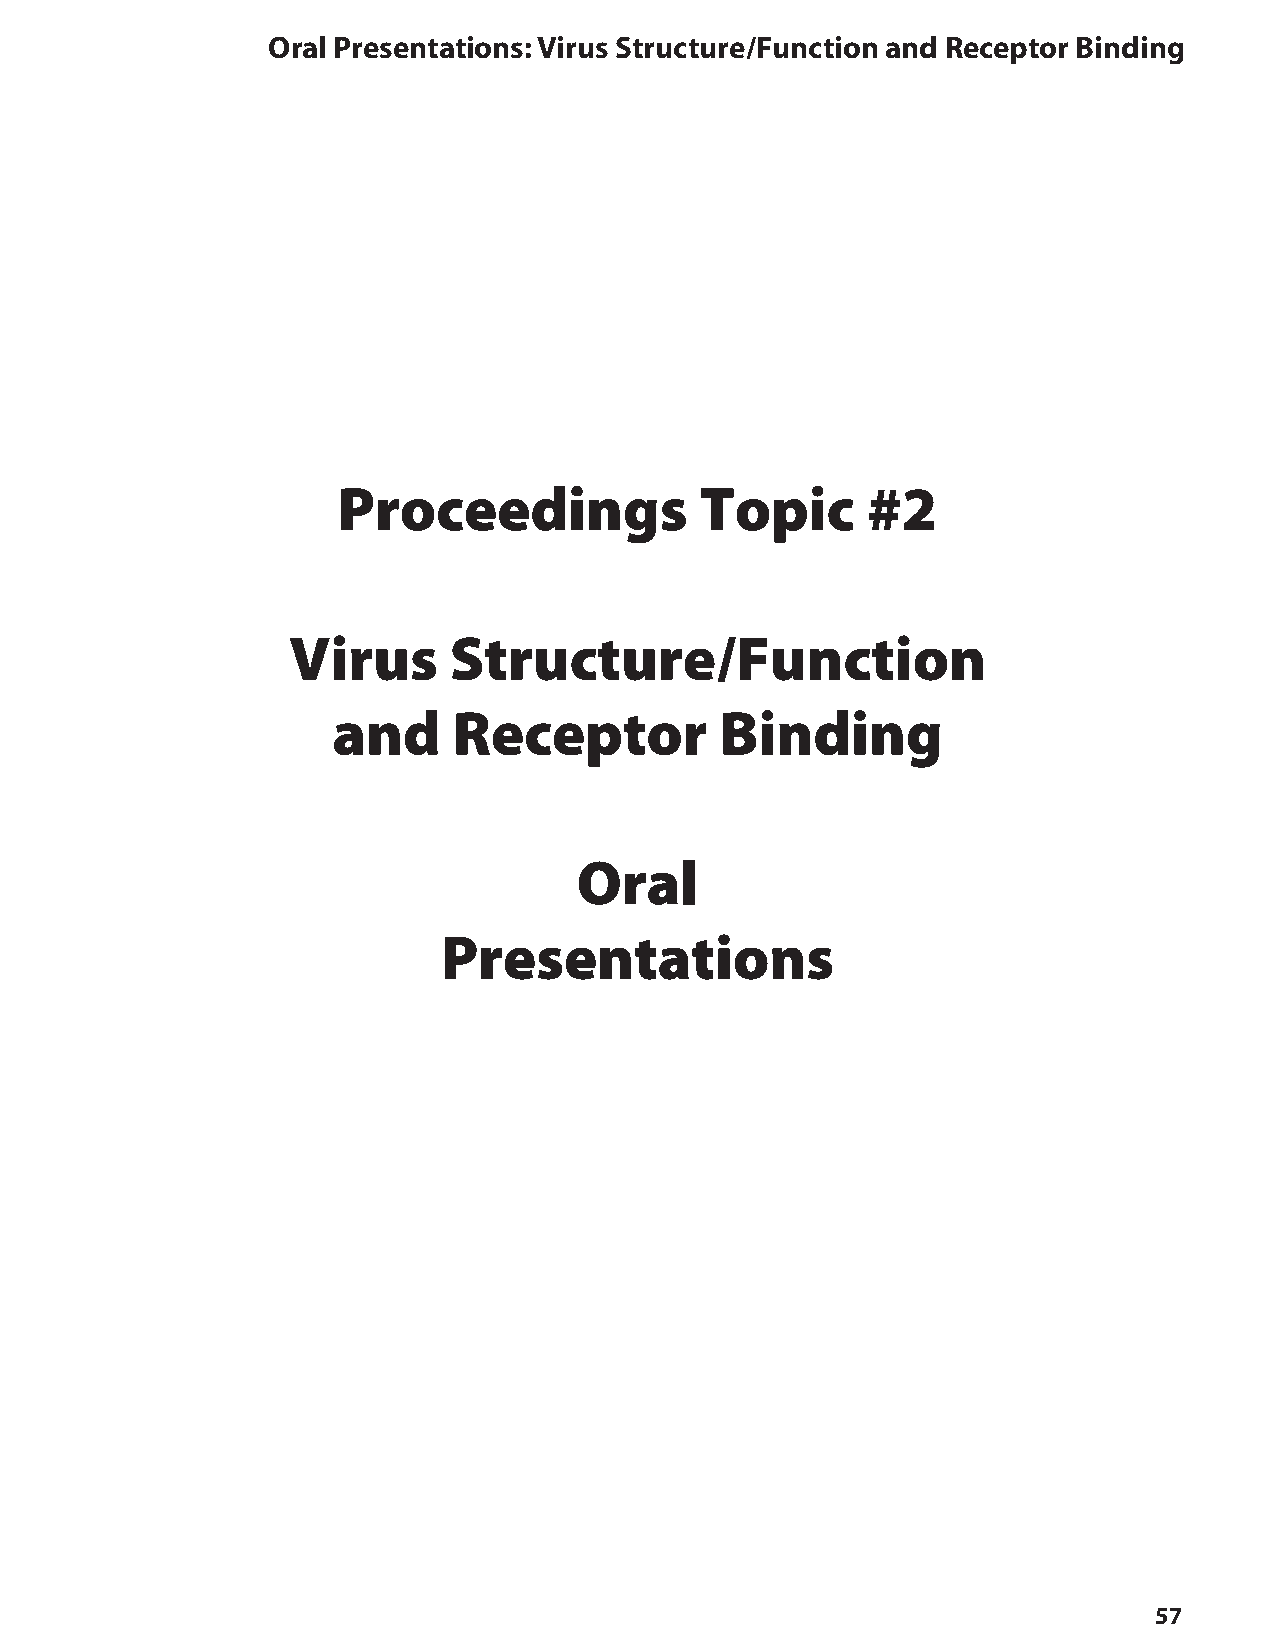
oral Presentations: Virus Structure/Function and Receptor Binding
 Proceedings             Topic      #2
 Virus      Structure/Function
 and     Receptor          Binding
 Oral
 Presentations
 57